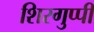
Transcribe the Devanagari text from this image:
शिरगुप्पी